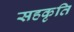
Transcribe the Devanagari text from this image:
सहकृति